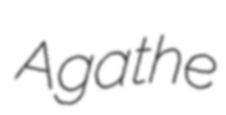
Agathe